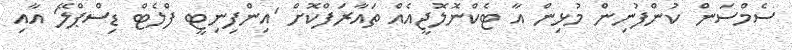
ސެމްސަން ކުންފުނިން މުޅިން އާ ޓެކްނޮލޮޖީއެއް ތައާރަފްކޮށް 'އިންފިނިޓީ ފްލެޓް ޑިސްޕްލޭ' އާއި